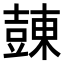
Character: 𧯾